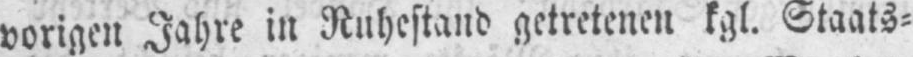
vorigen Jahre in Ruhestand getretenen kgl. Staats⸗